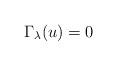
LaTeX: \begin{align*}\Gamma_\lambda(u) = 0\end{align*}